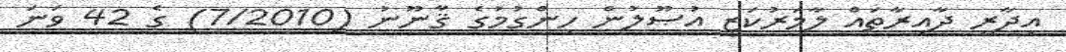
އިދާރީ ދާއިރާތައް ލާމަރުކަޒީ އުޞޫލުން ހިންގުމުގެ ޤާނޫނު (7/2010) ގެ 42 ވަނަ